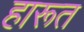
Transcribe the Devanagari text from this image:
हारूत